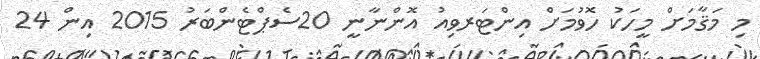
މި މަޤާމަށް މީހަކު ހޮވުމަށް އިންޓަރވިއު އޮންނާނީ 20ސެޕްޓެންބަރު 2015 އިން 24